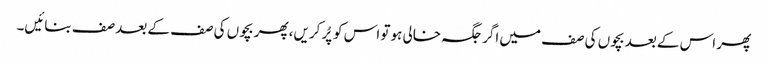
پھر اس کے بعد بچوں کی صف میں اگر جگہ خالی ہو تو اس کو پُر کریں، پھر بچوں کی صف کے بعد صف بنائیں۔